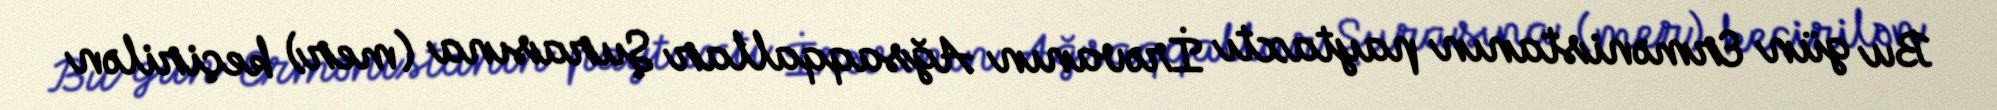
Bu gün Ermənistanın paytaxtı İrəvanın Ağsaqqallar Şurasına (mer) keçirilən